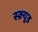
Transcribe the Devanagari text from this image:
स्क्र्यूड